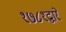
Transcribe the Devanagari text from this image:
१७८१द्वारे